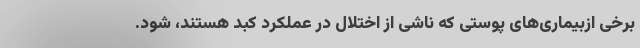
برخی ازبیماری‌های پوستی که ناشی از اختلال در عملکرد کبد هستند، شود.